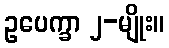
ဥပေက္ခာ ၂-မျိုး။